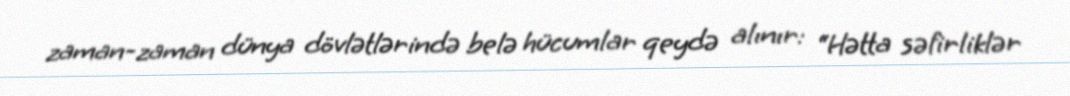
zaman-zaman dünya dövlətlərində belə hücumlar qeydə alınır: “Hətta səfirliklər